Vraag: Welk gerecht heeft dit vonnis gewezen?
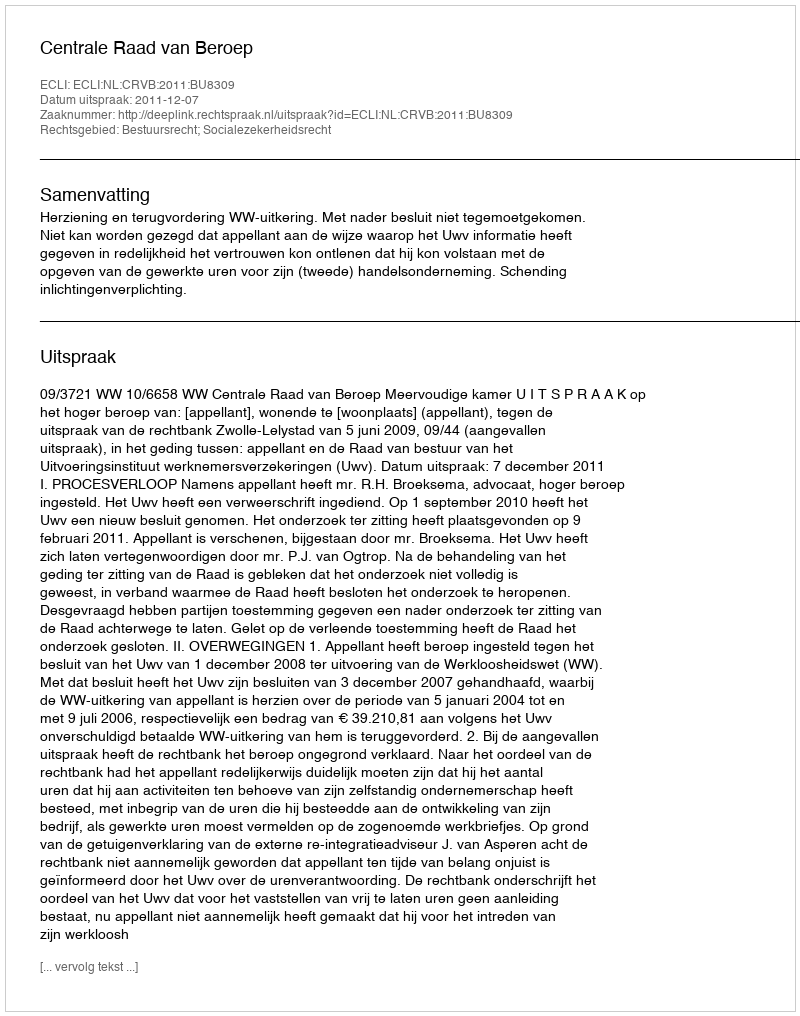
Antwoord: Centrale Raad van Beroep